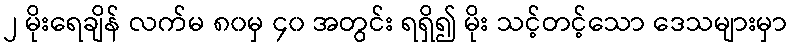
၂ မိုးရေချိန် လက်မ ၈၀မှ ၄၀ အတွင်း ရရှိ၍ မိုး သင့်တင့်သော ဒေသများမှာ